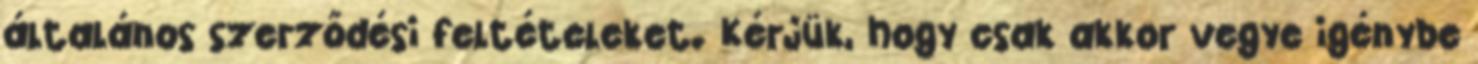
általános szerződési feltételeket. Kérjük, hogy csak akkor vegye igénybe